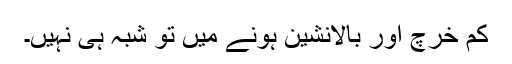
کم خرچ اور بالانشین ہونے میں تو شبہ ہی نہیں۔